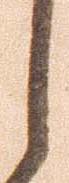
し